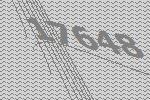
17648